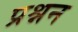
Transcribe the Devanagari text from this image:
प्रश्नन